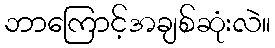
ဘာကြောင့်အချစ်ဆုံးလဲ။